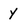
Character: y